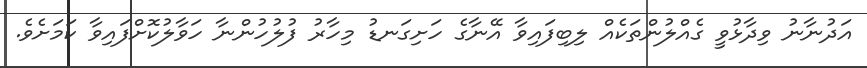
އަދުނާނު ވިދާޅުވީ ގެއްލުންތަކެއް ލިބިފައިވާ އޭނާގެ ހަށިގަނޑު މިހާރު ފުލުހުންނާ ހަވާލުކޮށްފައިވާ ކަމަށެވެ.